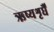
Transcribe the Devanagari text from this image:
ऋष्यशृर्घैं